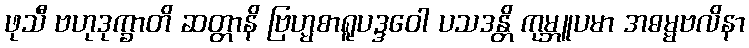
ဖုသီ ဗဟုဒုက္ခာတိ ဆတ္တာနိ ဗြဟ္မစာရူပဒ္ဒဝေါ ပသဒန္တိ ကုမ္ဘူပမာ အဓမ္မဗလိနာ